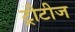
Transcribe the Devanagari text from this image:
ट्रीटीज